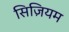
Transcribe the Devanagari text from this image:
सिज़ियम